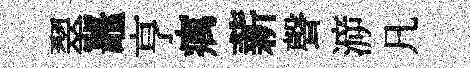
翠鼉亨癘薪聲㴑凡